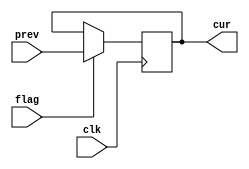
module enable(prev,cur,flag,clk);
input [31:0] prev;
input flag;
input clk;
output [31:0] cur;

always@(posedge clk)
begin
if(flag)
    cur = prev;
end

endmodule